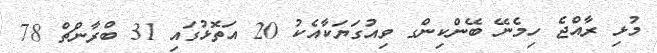
މުޅި ރާއްޖެ ހިމެނޭ ބޭންކިންގ ވިއުގަޔަކާއެކު 20 އަތޮޅުގައި 31 ބްރާންޗް 78